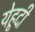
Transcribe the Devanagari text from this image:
येहूदी